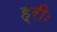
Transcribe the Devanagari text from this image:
ह्रीः